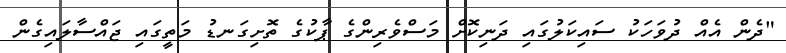
"ދެން އެއް ދުވަހަކު ސައިކަލުގައި ދަނިކޮށް މަސްވެރިންގެ ޕާކުގެ ތޮށިގަނޑު މަތީގައި ޖައްސާލައިގެން